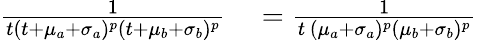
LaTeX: \begin{array}{rl}{{}\frac{1}{t(t+\mu_{a}+\sigma_{a})^{p}(t+\mu_{b}+\sigma_{b})^{p}}}&{{}=\frac{1}{t\, (\mu_{a}+\sigma_{a})^{p}(\mu_{b}+\sigma_{b})^{p}}}\end{array}